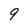
Character: 9